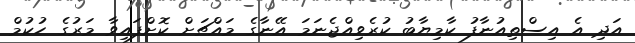
އަދި އެ އިސްތިއުނާފު ކާމިޔާބު ކުރެވިއްޖެނަމަ އޭނާގެ މައްޗަށް ކޮށްފައިވާ މަރުގެ ހުކުމް